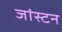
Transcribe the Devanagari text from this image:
जांस्टन